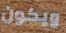
ويكون